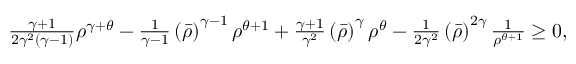
\begin{array} { r } { \frac { \gamma + 1 } { 2 \gamma ^ { 2 } ( \gamma - 1 ) } \rho ^ { \gamma + \theta } - \frac { 1 } { \gamma - 1 } \left( \bar { \rho } \right) ^ { \gamma - 1 } \rho ^ { \theta + 1 } + \frac { \gamma + 1 } { \gamma ^ { 2 } } \left( \bar { \rho } \right) ^ { \gamma } \rho ^ { \theta } - \frac { 1 } { 2 \gamma ^ { 2 } } \left( \bar { \rho } \right) ^ { 2 \gamma } \frac { 1 } { \rho ^ { \theta + 1 } } \geq 0 , } \end{array}